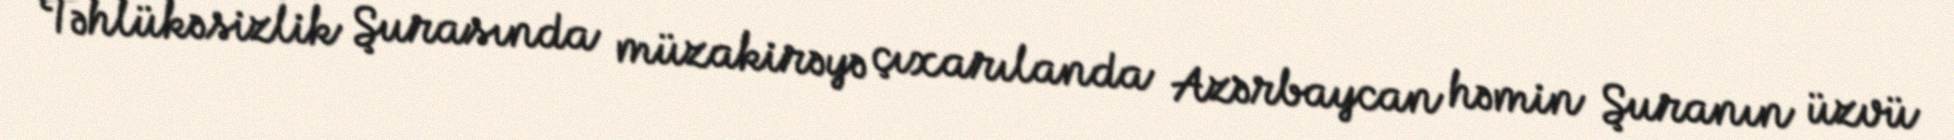
Təhlükəsizlik Şurasında müzakirəyə çıxarılanda Azərbaycan həmin Şuranın üzvü